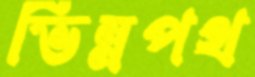
ভিন্নপথ